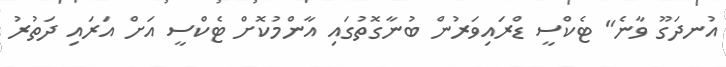
އުނދަގޫ ވާނެ" ޓެކްސީ ޑްރައިވަރުން ބުނާގޮތުގައި އާންމުކޮށް ޓެކްސީ އަށް އަރައި ދަތުރު